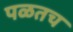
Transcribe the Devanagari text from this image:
पळतच